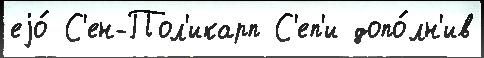
еjо́ С'ен-Пол'икарп С'еп'и допо́лн'ив